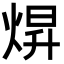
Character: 焺